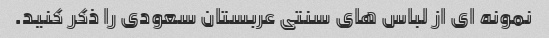
نمونه ای از لباس های سنتی عربستان سعودی را ذکر کنید.